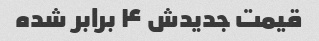
قیمت جدیدش ۴ برابر شده